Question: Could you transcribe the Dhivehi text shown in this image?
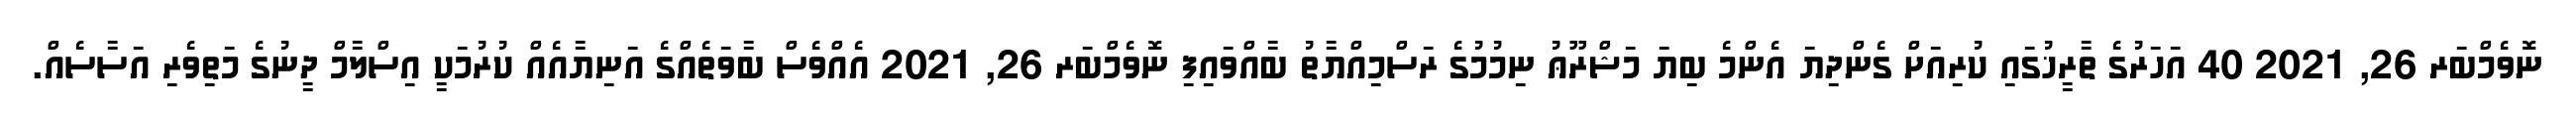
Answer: ނޮވެމްބަރ 26, 2021 40 އަހަރުގެ ތާރީޚުގައި ކުރިއަށް ގެންދިޔަ އެންމެ ބިޔަ މަޝްރޫޢު ނިމުމުގެ ރަސްމިއްޔާތު ބާއްވައިފި ނޮވެމްބަރ 26, 2021 އެއްވެސް ބާވަތެއްގެ އަނިޔާއެއް ކުރުމަކީ އިސްލާމް ދީނުގެ މަތިވެރި އަސާސެއް.